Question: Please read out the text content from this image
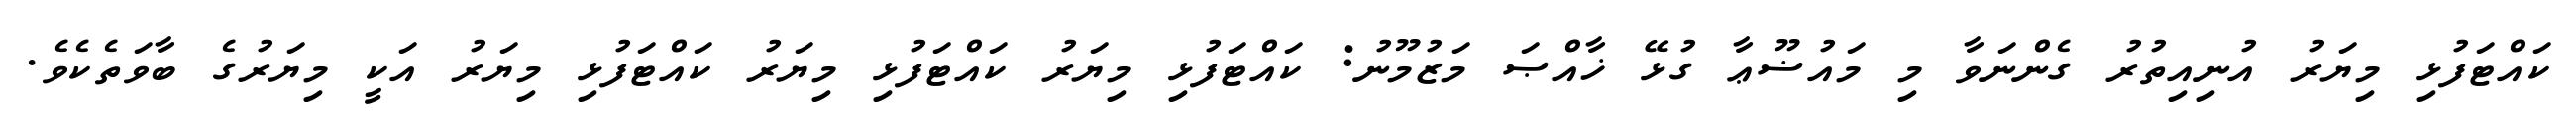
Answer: ކައްޓަފުޅި މިޔަރު އުނިއިތުރު ގެންނަވާ މި މައުޟޫޢާ ގުޅޭ ޚާއްޞަ މަޒުމޫނު: ކައްޓަފުޅި މިޔަރު ކައްޓަފުޅި މިޔަރު ކައްޓަފުޅި މިޔަރު އަކީ މިޔަރުގެ ބާވަތެކެވެ.